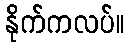
နိုက်ကလပ်။